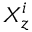
X _ { z } ^ { i }